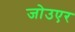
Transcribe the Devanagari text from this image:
जोउएर